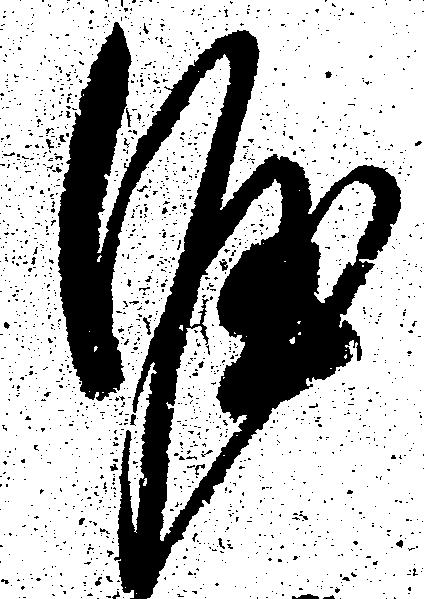
涯